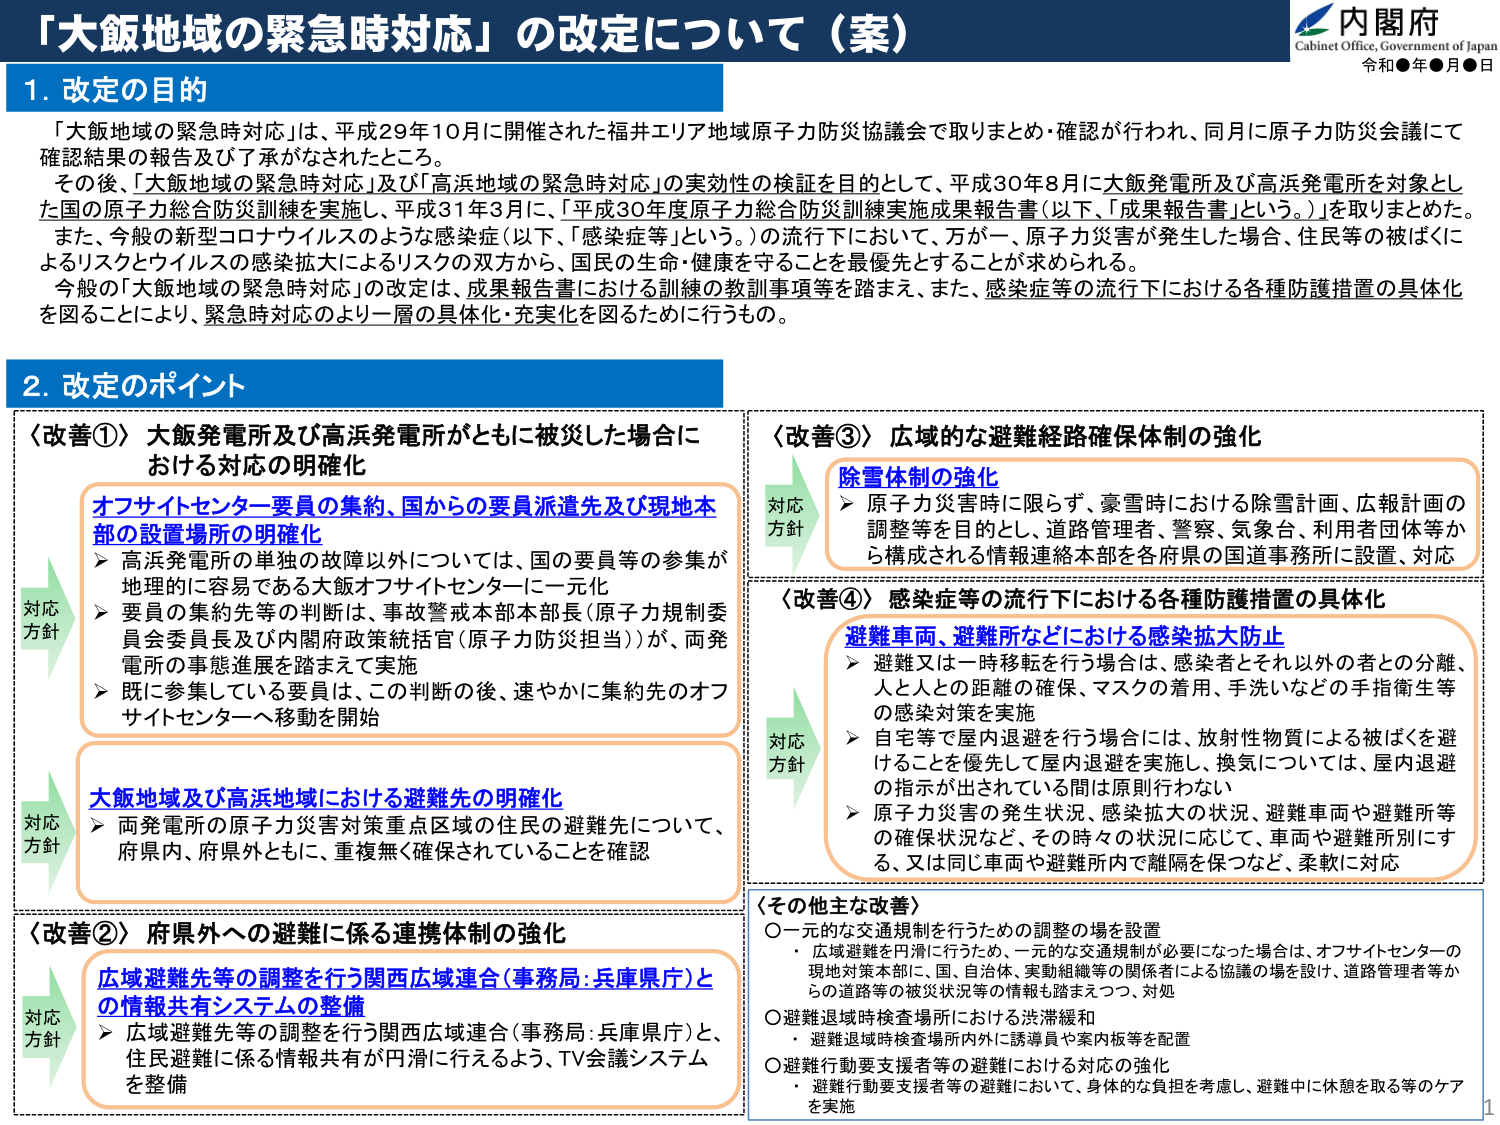
「大飯地域の緊急時対応」の改定について（案）

内閣府
Cabinet Office, Government of Japan
令和●年●月●日

1. 改定の目的
「大飯地域の緊急時対応」は、平成29年10月に開催された福井エリア地域原子力防災協議会で取りまとめ・確認が行われ、同月に原子力防災会議にて確認結果の報告及び了承がなされたところ。
その後、「大飯地域の緊急時対応」及び「高浜地域の緊急時対応」の実効性の検証を目的として、平成30年8月に大飯発電所及び高浜発電所を対象とした国の原子力総合防災訓練を実施し、平成31年3月に、「平成30年度原子力総合防災訓練実施成果報告書（以下、「成果報告書」という。）」を取りまとめた。
また、今般の新型コロナウイルスのような感染症（以下、「感染症等」という。）の流行下において、万が一、原子力災害が発生した場合、住民等の被ばくによるリスクとウイルスの感染拡大によるリスクの双方から、国民の生命・健康を守ることを最優先とすることが求められる。
今般の「大飯地域の緊急時対応」の改定は、成果報告書における訓練の教訓事項等を踏まえ、また、感染症等の流行下における各種防護措置の具体化を図ることにより、緊急時対応のより一層の具体化・充実化を図るために行うもの。

2. 改定のポイント

〈改善①〉大飯発電所及び高浜発電所がともに被災した場合における対応の明確化
対応方針
オフサイトセンター要員の集約、国からの要員派遣先及び現地本部の設置場所の明確化
▶ 高浜発電所の単独の故障以外については、国の要員等の参集が地理的に容易である大飯オフサイトセンターに一元化
▶ 要員の集約先等の判断は、事故警戒本部本部長（原子力規制委員会委員長及び内閣府政策統括官（原子力防災担当））が、両発電所の事態進展を踏まえて実施
▶ 既に参集している要員は、この判断の後、速やかに集約先のオフサイトセンターへ移動を開始

大飯地域及び高浜地域における避難先の明確化
▶ 両発電所の原子力災害対策重点区域の住民の避難先について、府県内、府県外ともに、重複無く確保されていることを確認

〈改善②〉府県外への避難に係る連携体制の強化
対応方針
広域避難先等の調整を行う関西広域連合（事務局：兵庫県庁）との情報共有システムの整備
▶ 広域避難先等の調整を行う関西広域連合（事務局：兵庫県庁）と、住民避難に係る情報共有が円滑に行えるよう、TV会議システムを整備

〈改善③〉広域的な避難経路確保体制の強化
対応方針
除雪体制の強化
▶ 原子力災害時に限らず、豪雪時における除雪計画、広報計画の調整等を目的とし、道路管理者、警察、気象台、利用者団体等から構成される情報連絡本部を各府県の国道事務所に設置、対応

〈改善④〉感染症等の流行下における各種防護措置の具体化
対応方針
避難車両、避難所などにおける感染拡大防止
▶ 避難又は一時移転を行う場合は、感染者とそれ以外の者との分離、人との距離の確保、マスクの着用、手洗いなどの手指衛生等の感染対策を実施
▶ 自宅等で屋内退避を行う場合には、放射性物質による被ばくを避けることを優先して屋内退避を実施し、換気については、屋内退避の指示が出されている間は原則行わない
▶ 原子力災害の発生状況、感染拡大の状況、避難車両や避難所等の確保状況など、その時々の状況に応じて、車両や避難所別にす る、又は同じ車両や避難所内で離隔を保つなど、柔軟に対応

〈その他主な改善〉
○一元的な交通規制を行うための調整の場を設置
・ 広域避難を円滑に行うため、一元的な交通規制が必要になった場合は、オフサイトセンターの現地対策本部に、国、自治体、実施組織等の関係者による協議の場を設け、道路管理者等からの道路等の被災状況等の情報も踏まえつつ、対処
○避難退域時検査場所における渋滞緩和
・ 避難退域時検査場所内外に誘導員や案内板等を配置
○避難行動要支援者等の避難における対応の強化
・ 避難行動要支援者等の避難において、身体的な負担を考慮し、避難中に休憩を取る等のケアを実施

1